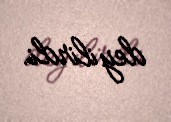
deyilirdi.